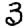
Digit: 3